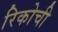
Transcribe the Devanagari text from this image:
रिकोची